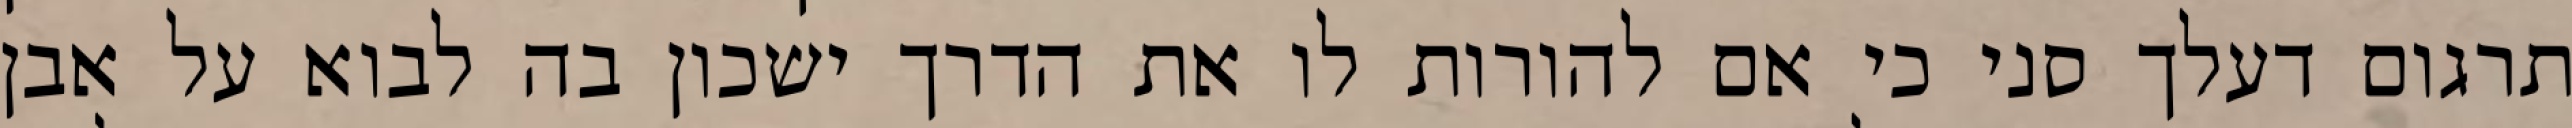
תרגום דעלך סני כי אם להורות לו את הדרך ישכון בה לבוא על אבן